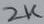
Text: 2K